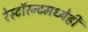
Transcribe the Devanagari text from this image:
रेस्टॉरन्टमध्येही